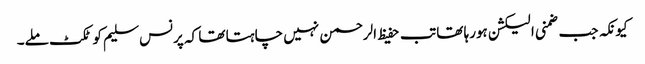
کیونکہ جب ضمنی الیکشن ہورہا تھا تب حفیظ الرحمن نہیں چاہتا تھا کہ پرنس سلیم کو ٹکٹ ملے۔